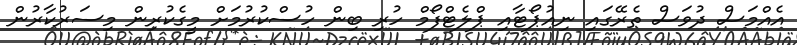
އެއްމަސް ދުވަސް ތެރޭގައި ނިއުޕޯޓާއި ޕްލެޓްފޯމް ހުރި ބިން ހުސްކުރުމަށް މީގެކުރިން މިސަރުކާރުން